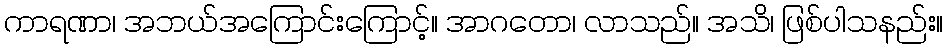
ကာရဏာ၊ အဘယ်အကြောင်းကြောင့်။ အာဂတော၊ လာသည်။ အသိ၊ ဖြစ်ပါသနည်း။